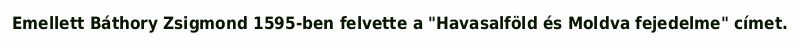
Emellett Báthory Zsigmond 1595-ben felvette a "Havasalföld és Moldva fejedelme" címet.